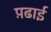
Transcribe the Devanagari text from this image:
प़ढाई